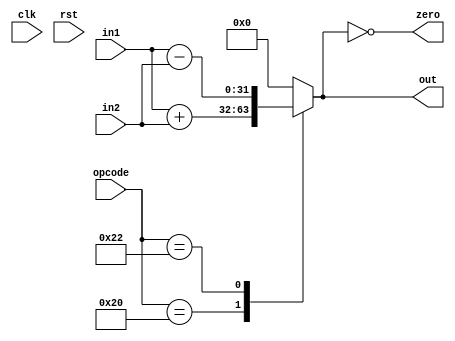
//        .   .
//      -       .   .
//      ".rst(rst)",    .
module alu(clk, rst, in1, in2, opcode, zero, out);
    parameter integer WIDTH = 32;
    input clk, rst;
    input [WIDTH-1:0] in1;
    input [WIDTH-1:0] in2;
    input [5:0] opcode;
    output zero;
    output reg [WIDTH-1:0] out;

    always @(in1, in2, opcode) begin
        case(opcode)
            6'b100000: out = in1 + in2;
            6'b100010: out = in1 - in2;
            default: out = 0;
        endcase
    end
    assign zero = (out == 0);

endmodule